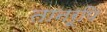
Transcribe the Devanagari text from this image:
तानरूपि